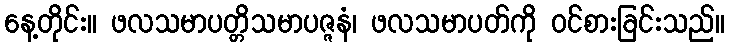
နေ့တိုင်း။ ဖလသမာပတ္တိသမာပဇ္ဇနံ၊ ဖလသမာပတ်ကို ဝင်စားခြင်းသည်။